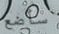
سأضع